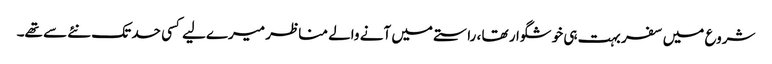
شروع میں سفر بہت ہی خوشگوار تھا ، راستے میں آنے والے مناظر میرےلیے کسی حد تک نئے سے تھے۔